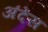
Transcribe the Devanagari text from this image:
अंदेस